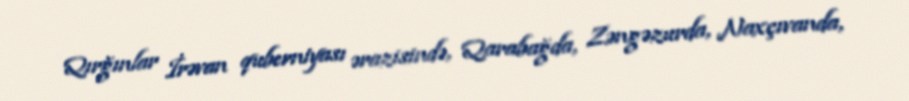
Qırğınlar İrəvan quberniyası ərazisində, Qarabağda, Zəngəzurda, Naxçıvanda,